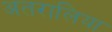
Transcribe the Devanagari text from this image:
अतरालिया